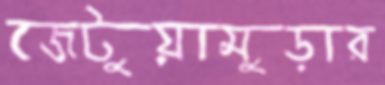
জেটুয়ামুড়ার